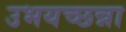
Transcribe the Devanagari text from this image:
उभयच्छन्ना